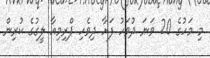
މި މަހުގެ 20 ވަނަ ދުވަހު ފަށާ ދިވެހި ޕްރިމިއާ ލީގުގެ ކުރިން